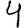
Digit: 4